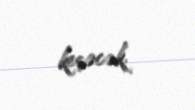
keçəcək.